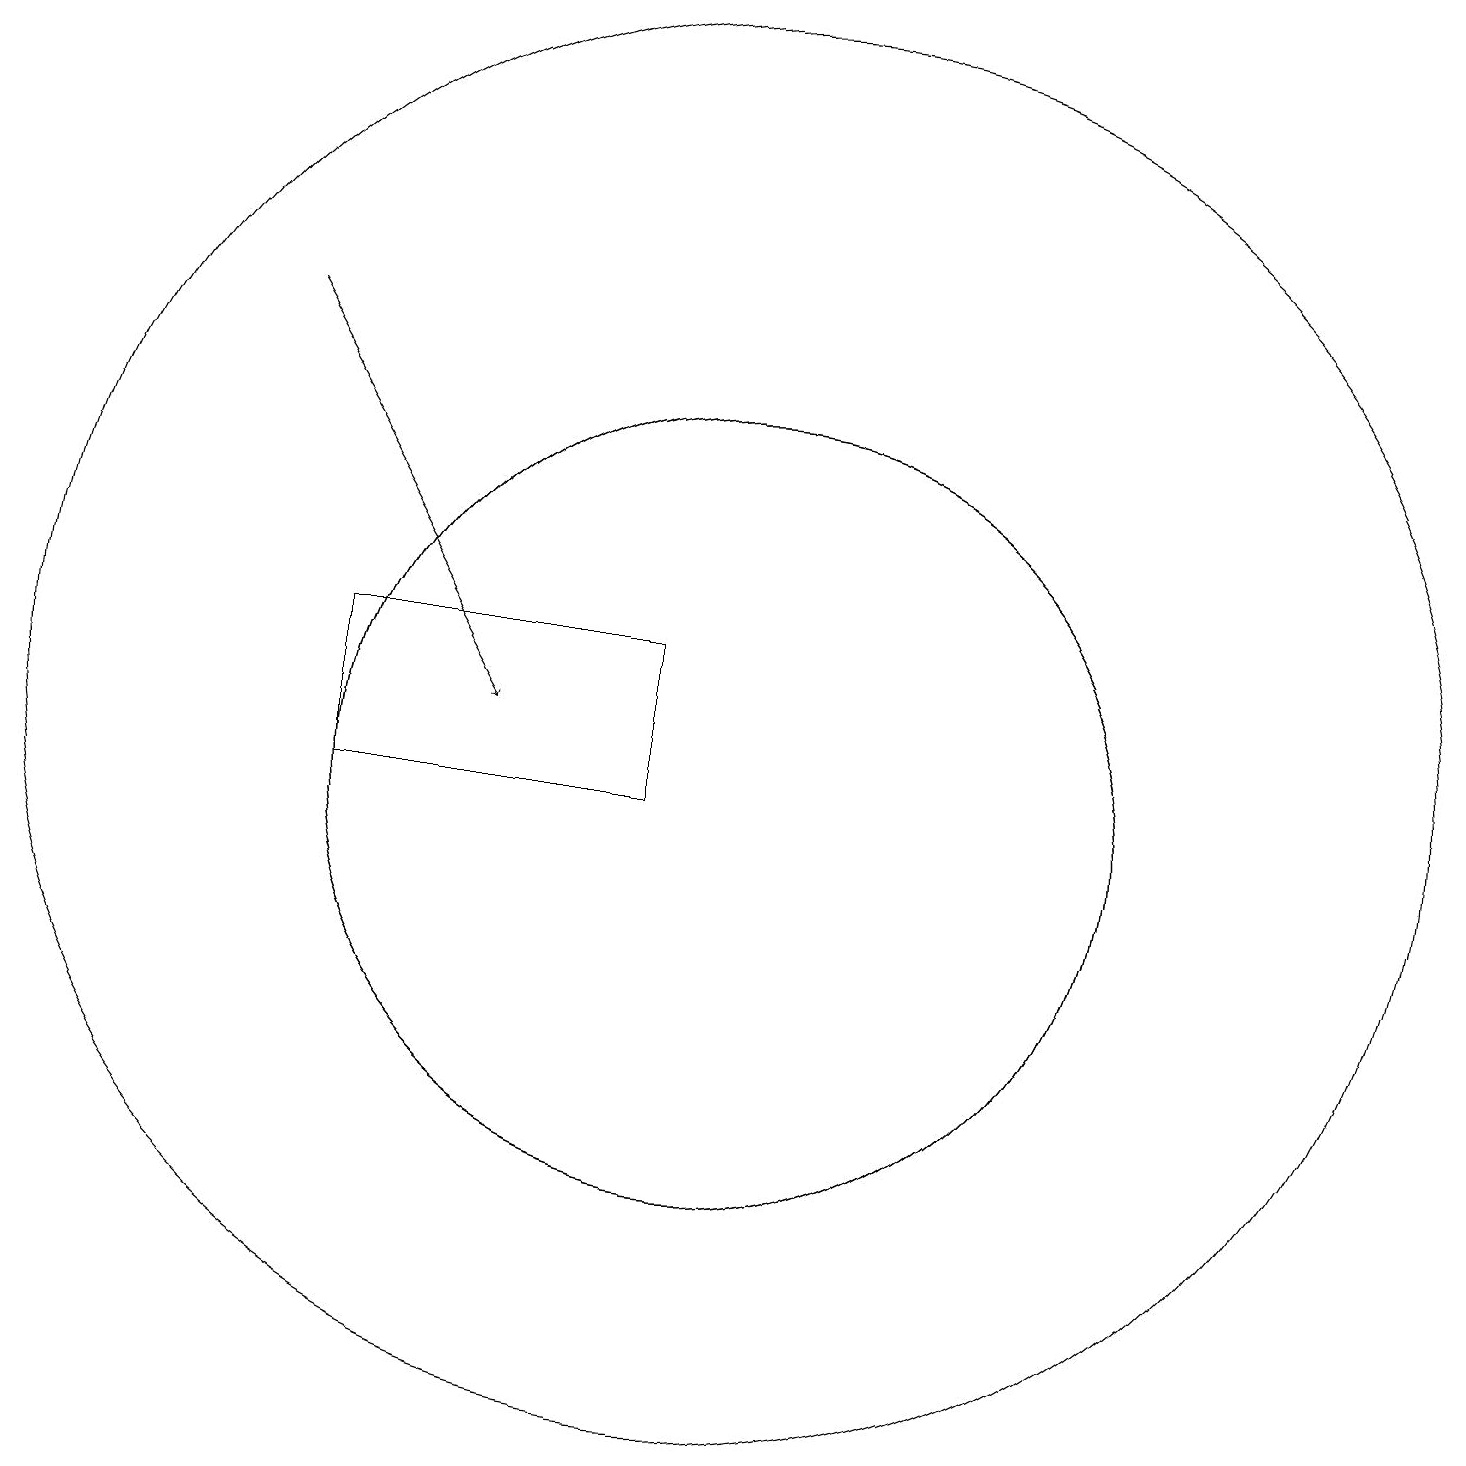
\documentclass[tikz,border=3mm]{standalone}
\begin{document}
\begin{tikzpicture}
\draw[->] (4,17) -- (7,12);
\draw (9,13) rectangle (5,11);
\draw (10,11) circle (5);
\draw (10,11) circle (5);
\draw (10,12) circle (9);
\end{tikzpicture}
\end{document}